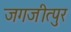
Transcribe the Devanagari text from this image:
जगजीत्पुर